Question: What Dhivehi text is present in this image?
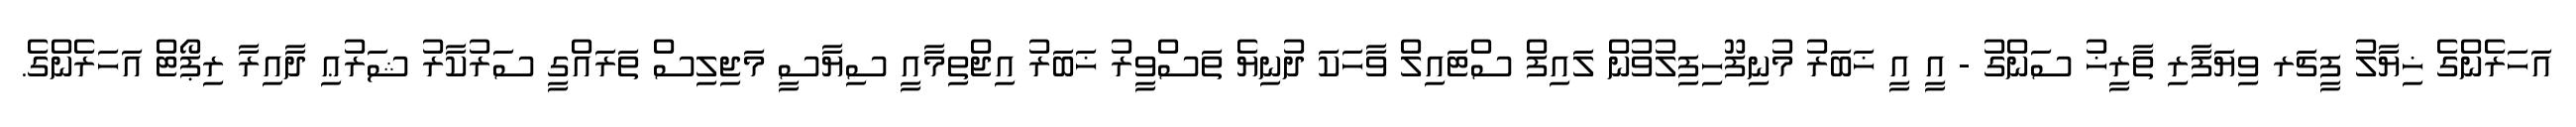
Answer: އަހަރެންގެ ޚިޔާލު ފީޗަރ ވިޔަފާރި ތާރީޚު ސަންގު - އީ އީ ޚަބަރު މުނިފޫހިފިލުވުން ލައިފް ސްޓައިލް ވާހަކަ ދުނިޔެ ތަސްވީރު ޚަބަރު އިޖްތިމާއީ ސިޔާސީ މަޖިލިސް ތަރައްގީ ސަރުކާރު ޝަރުޢި ދާއިރާ ރިޕޯޓް އަހަރެންގެ.